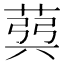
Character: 𦳪